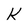
Character: k